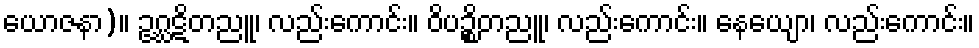
ယောဇနာ)။ ဥဂ္ဃဋိတညူ၊ လည်းကောင်း။ ဝိပဉ္စိတညူ၊ လည်းကောင်း။ နေယျော၊ လည်းကောင်း။